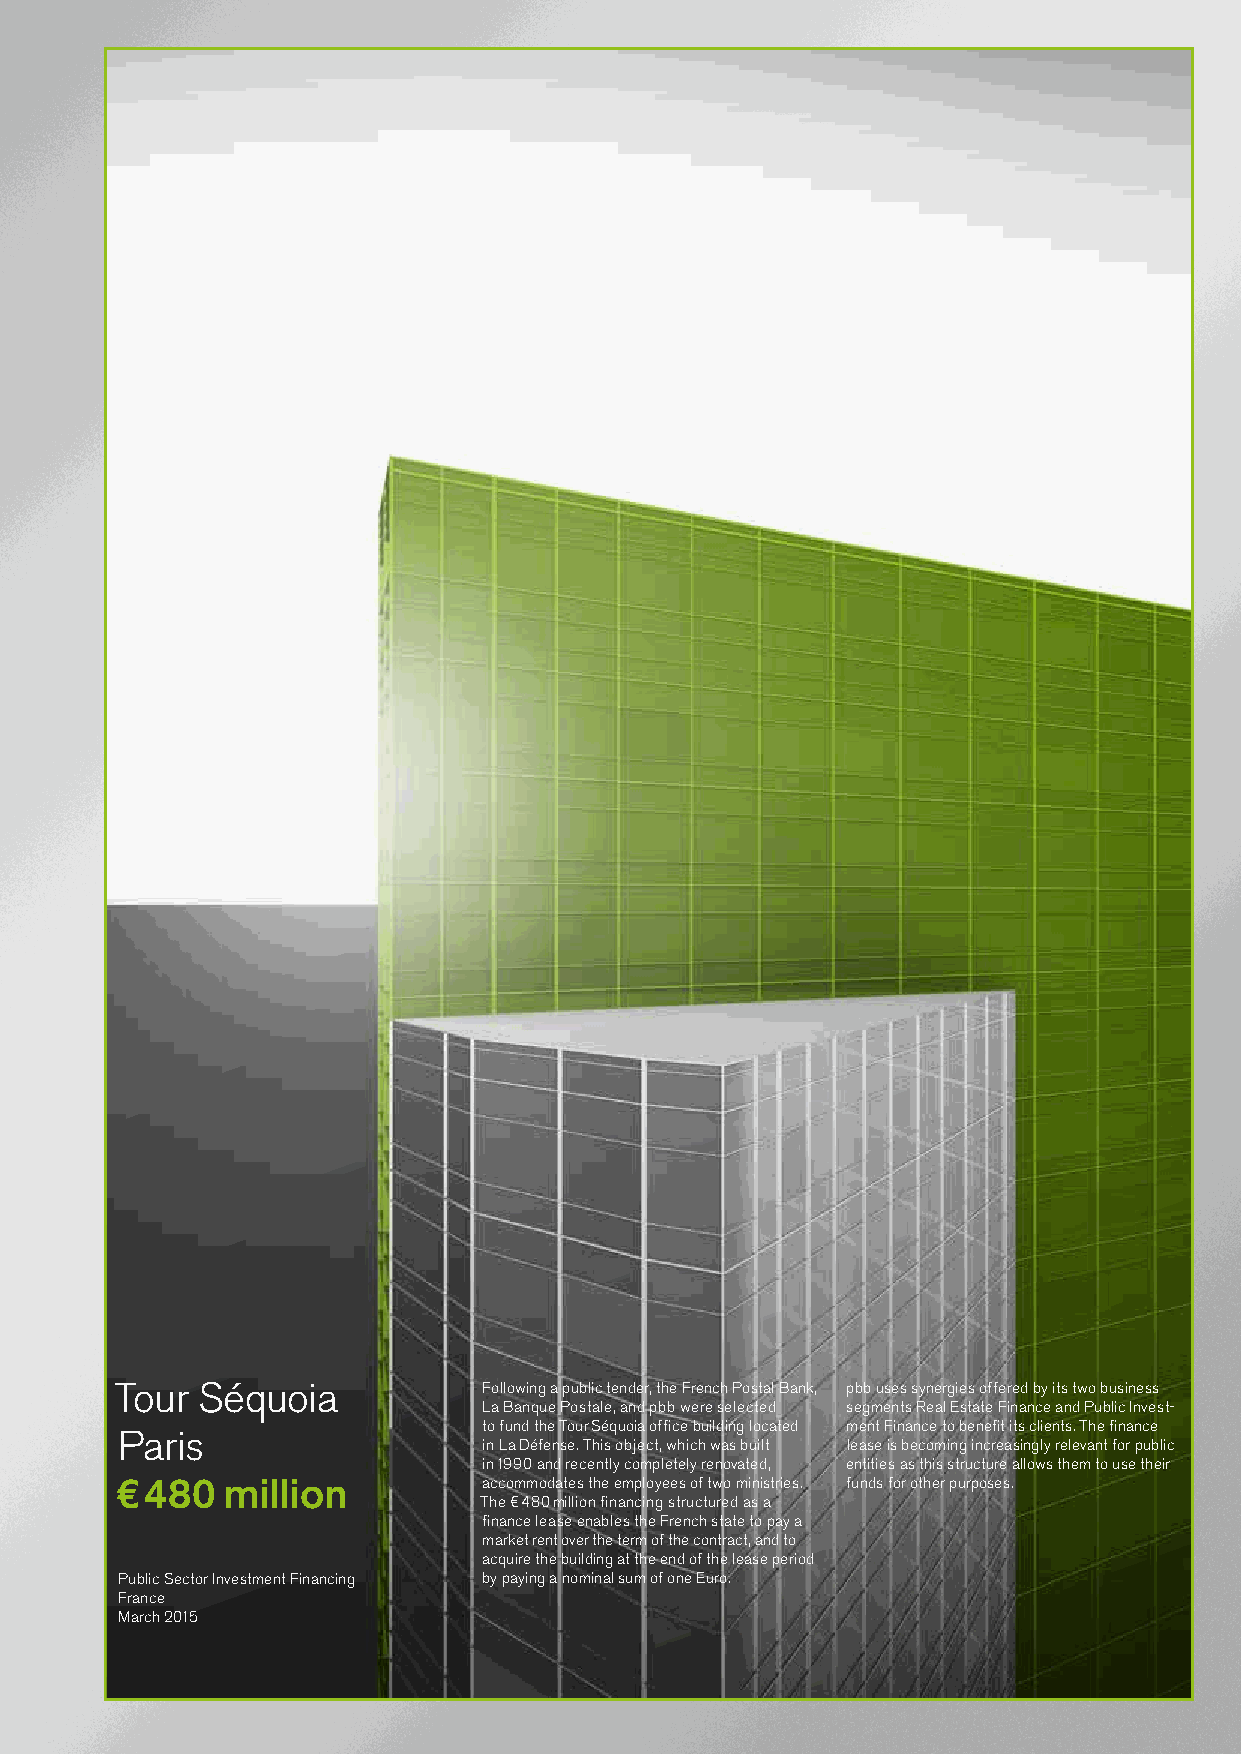
Tour Séquoia            Following a public tender, the French Postal Bank, pbb uses synergies offered by its two business
 La Banque Postale, and pbb were selected segments Real Estate Finance and Public Invest-
 to fund the Tour Séquoia office building located ment Finance to benefit its clients. The finance
 Paris
 in La Défense. This object, which was built lease is becoming increasingly relevant for public
 in 1990 and recently completely renovated, entities as this structure allows them to use their
 €480   million          accommodates the employees of two ministries. funds for other purposes.
 The €480 million financing structured as a
 finance lease enables the French state to pay a
 market rent over the term of the contract, and to
 acquire the building at the end of the lease period
 Public Sector Investment Financing by paying a nominal sum of one Euro.
 France
 March 2015